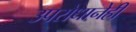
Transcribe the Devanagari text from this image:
उपरोधानेही